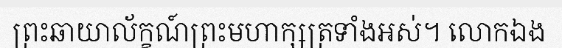
ព្រះឆាយាល័ក្ខណ៍ព្រះមហាក្សត្រទាំងអស់។ លោកឯង